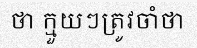
ថា ក្មួយៗត្រូវចាំថា